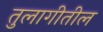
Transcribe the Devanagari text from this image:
तुलागीतील